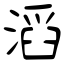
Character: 滔